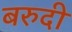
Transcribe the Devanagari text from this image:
बरुदी